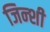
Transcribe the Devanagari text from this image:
जिन्शी